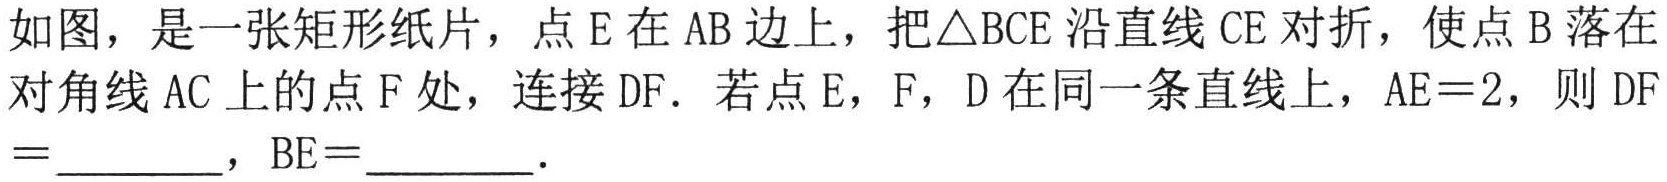
如图，是一张矩形纸片，点\(E\)在\(AB\)边上，把\(\triangle BCE\)沿直线\(CE\)对折，使点\(B\)落在对角线\(AC\)上的点\(F\)处，连接\(DF\)．若点\(E\)，\(F\)，\(D\)在同一条直线上，\(AE = 2\)，则\(DF=\underline{\quad\quad}\)，\(BE=\underline{\quad\quad}\)．